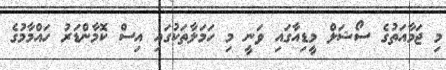
މި ޖަމާއަތުގެ ސޯޝަލް މީޑިއާގައި ވަނީ މި ހަމަލާތަކުގައި އިސް ކޮމާންޑަރު ހައްމާމުގެ